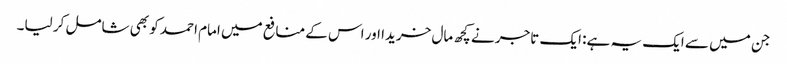
جن میں سے ایک یہ ہے: ایک تاجر نے کچھ مال خریدا اور اس کے منافع میں امام احمد کو بھی شامل کر لیا۔